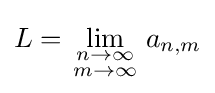
L=\lim _{\begin{smallmatrix}n\to \infty \\m\to \infty \end{smallmatrix}}a_{n,m}